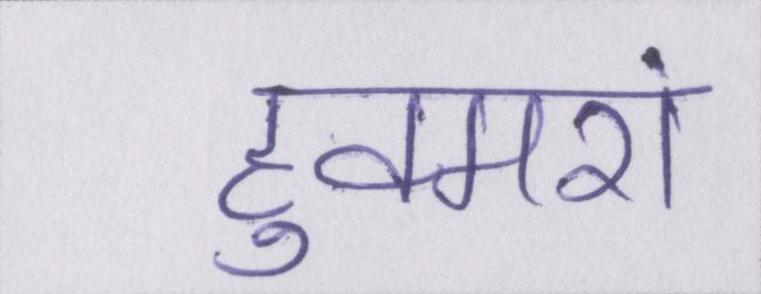
हुक्मरां